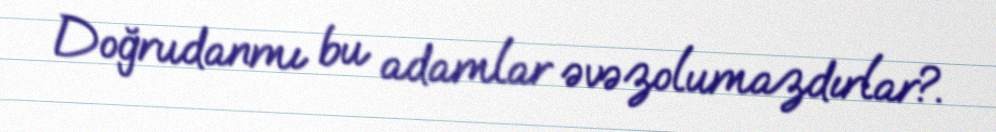
Doğrudanmı bu adamlar əvəzolumazdırlar?.